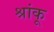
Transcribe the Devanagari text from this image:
श्रांकू